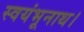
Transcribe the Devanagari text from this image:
स्वयंभूनाथ।